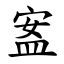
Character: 䀂